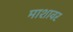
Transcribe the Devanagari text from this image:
माशावर